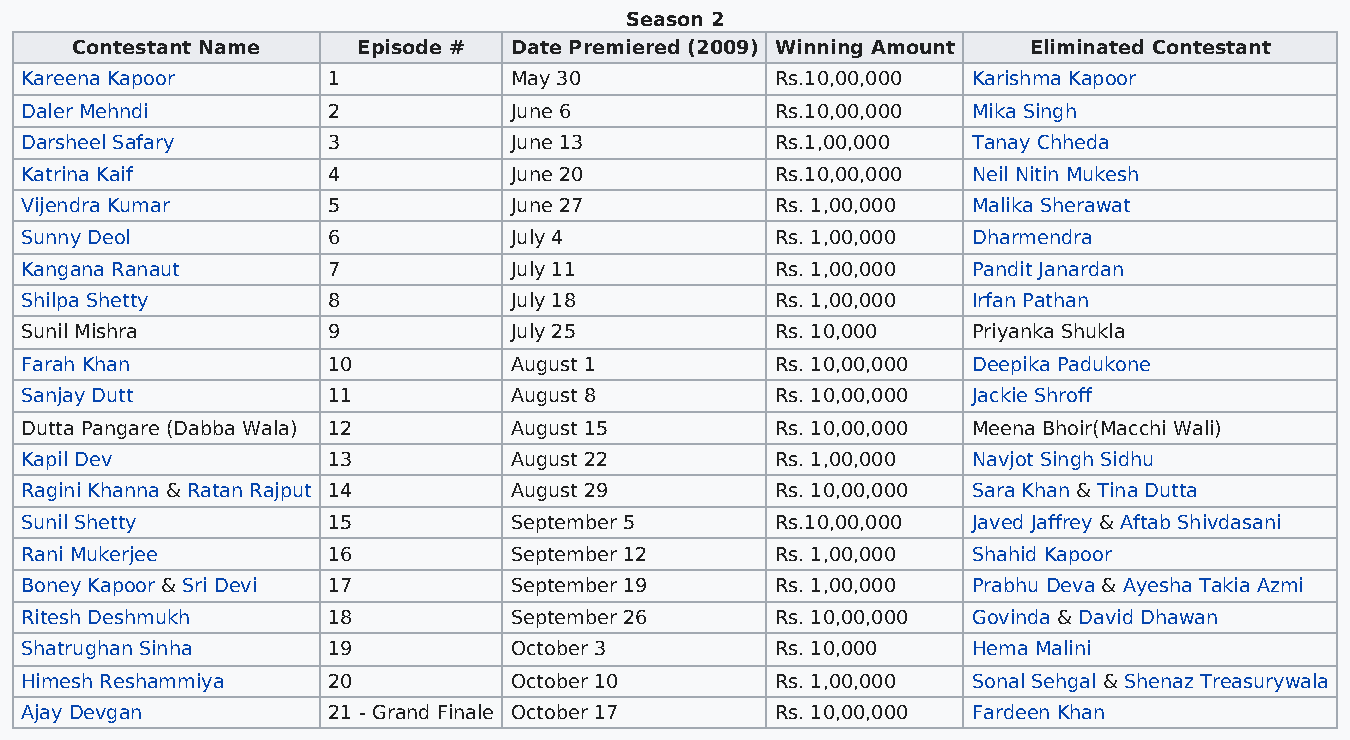
Season 2
 Contestant Name    Episode # Date Premiered (2009) Winning Amount Eliminated Contestant
 Kareena Kapoor       1           May 30           Rs.10,00,000 Karishma Kapoor
 Daler Mehndi         2           June 6           Rs.10,00,000 Mika Singh
 Darsheel Safary      3           June 13          Rs.1,00,000  Tanay Chheda
 Katrina Kaif         4           June 20          Rs.10,00,000 Neil Nitin Mukesh
 Vijendra Kumar       5           June 27          Rs. 1,00,000 Malika Sherawat
 Sunny Deol           6           July 4           Rs. 1,00,000 Dharmendra
 Kangana Ranaut       7           July 11          Rs. 1,00,000 Pandit Janardan
 Shilpa Shetty        8           July 18          Rs. 1,00,000 Irfan Pathan
 Sunil Mishra         9           July 25          Rs. 10,000   Priyanka Shukla
 Farah Khan           10          August 1         Rs. 10,00,000 Deepika Padukone
 Sanjay Dutt          11          August 8         Rs. 10,00,000 Jackie Shroff
 Dutta Pangare (Dabba Wala) 12    August 15        Rs. 10,00,000 Meena Bhoir(Macchi Wali)
 Kapil Dev            13          August 22        Rs. 1,00,000 Navjot Singh Sidhu
 Ragini Khanna & Ratan Rajput 14  August 29        Rs. 10,00,000 Sara Khan & Tina Dutta
 Sunil Shetty         15          September 5      Rs.10,00,000 Javed Jaffrey & Aftab Shivdasani
 Rani Mukerjee        16          September 12     Rs. 1,00,000 Shahid Kapoor
 Boney Kapoor & Sri Devi 17       September 19     Rs. 1,00,000 Prabhu Deva & Ayesha Takia Azmi
 Ritesh Deshmukh      18          September 26     Rs. 10,00,000 Govinda & David Dhawan
 Shatrughan Sinha     19          October 3        Rs. 10,000   Hema Malini
 Himesh Reshammiya    20          October 10       Rs. 1,00,000 Sonal Sehgal & Shenaz Treasurywala
 Ajay Devgan          21 - Grand Finale October 17 Rs. 10,00,000 Fardeen Khan